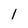
Character: 1